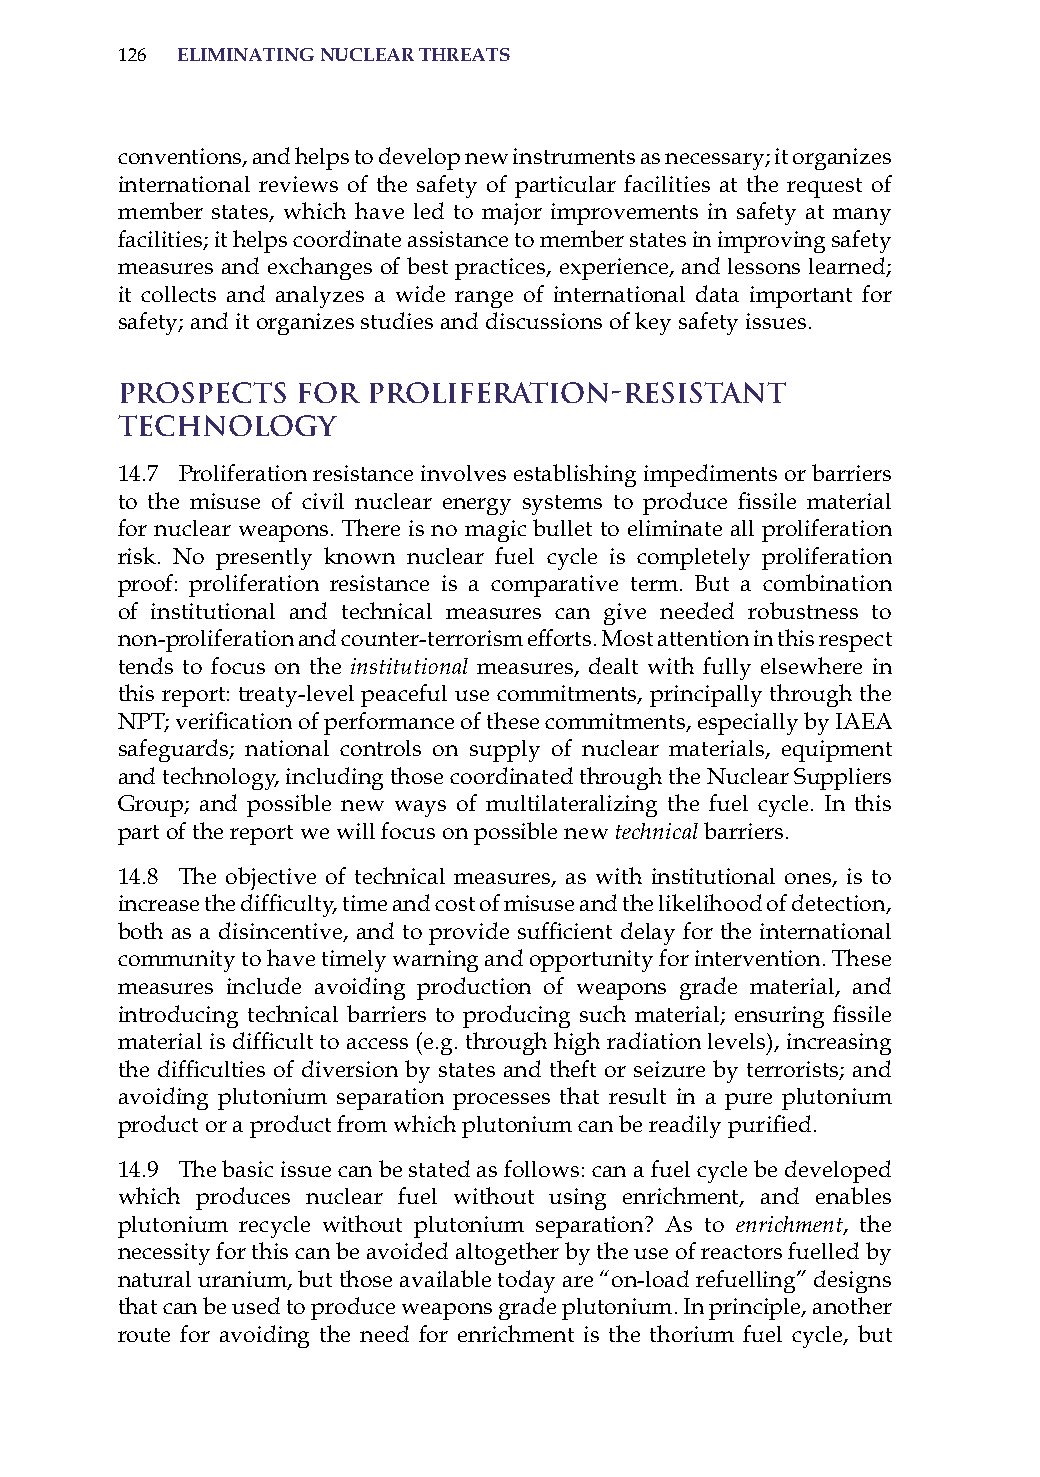
126 eliminatinG nuclear threats
 conventions, and helps to develop new instruments as necessary; it organizes
 international reviews of the safety of particular facilities at the request of
 member states, which have led to major improvements in safety at many
 facilities; it helps coordinate assistance to member states in improving safety
 measures and exchanges of best practices, experience, and lessons learned;
 it collects and analyzes a wide range of international data important for
 safety; and it organizes studies and discussions of key safety issues.
 Prospects   for Proliferation-Resistant
 Technology
 14.7 Proliferation resistance involves establishing impediments or barriers
 to the misuse of civil nuclear energy systems to produce fissile material
 for nuclear weapons. There is no magic bullet to eliminate all proliferation
 risk. No presently known nuclear fuel cycle is completely proliferation
 proof: proliferation resistance is a comparative term. But a combination
 of institutional and technical measures can give needed robustness to
 non-proliferation and counter-terrorism efforts. Most attention in this respect
 tends to focus on the institutional measures, dealt with fully elsewhere in
 this report: treaty-level peaceful use commitments, principally through the
 NPT; verification of performance of these commitments, especially by IAEA
 safeguards; national controls on supply of nuclear materials, equipment
 and technology, including those coordinated through the Nuclear suppliers
 Group; and possible new ways of multilateralizing the fuel cycle. in this
 part of the report we will focus on possible new technical barriers.
 14.8 The objective of technical measures, as with institutional ones, is to
 increase the difficulty, time and cost of misuse and the likelihood of detection,
 both as a disincentive, and to provide sufficient delay for the international
 community to have timely warning and opportunity for intervention. These
 measures include avoiding production of weapons grade material, and
 introducing technical barriers to producing such material; ensuring fissile
 material is difficult to access (e.g. through high radiation levels), increasing
 the difficulties of diversion by states and theft or seizure by terrorists; and
 avoiding plutonium separation processes that result in a pure plutonium
 product or a product from which plutonium can be readily purified.
 14.9 The basic issue can be stated as follows: can a fuel cycle be developed
 which produces nuclear fuel without using enrichment, and enables
 plutonium recycle without plutonium separation? as to enrichment, the
 necessity for this can be avoided altogether by the use of reactors fuelled by
 natural uranium, but those available today are “on-load refuelling” designs
 that can be used to produce weapons grade plutonium. in principle, another
 route for avoiding the need for enrichment is the thorium fuel cycle, but